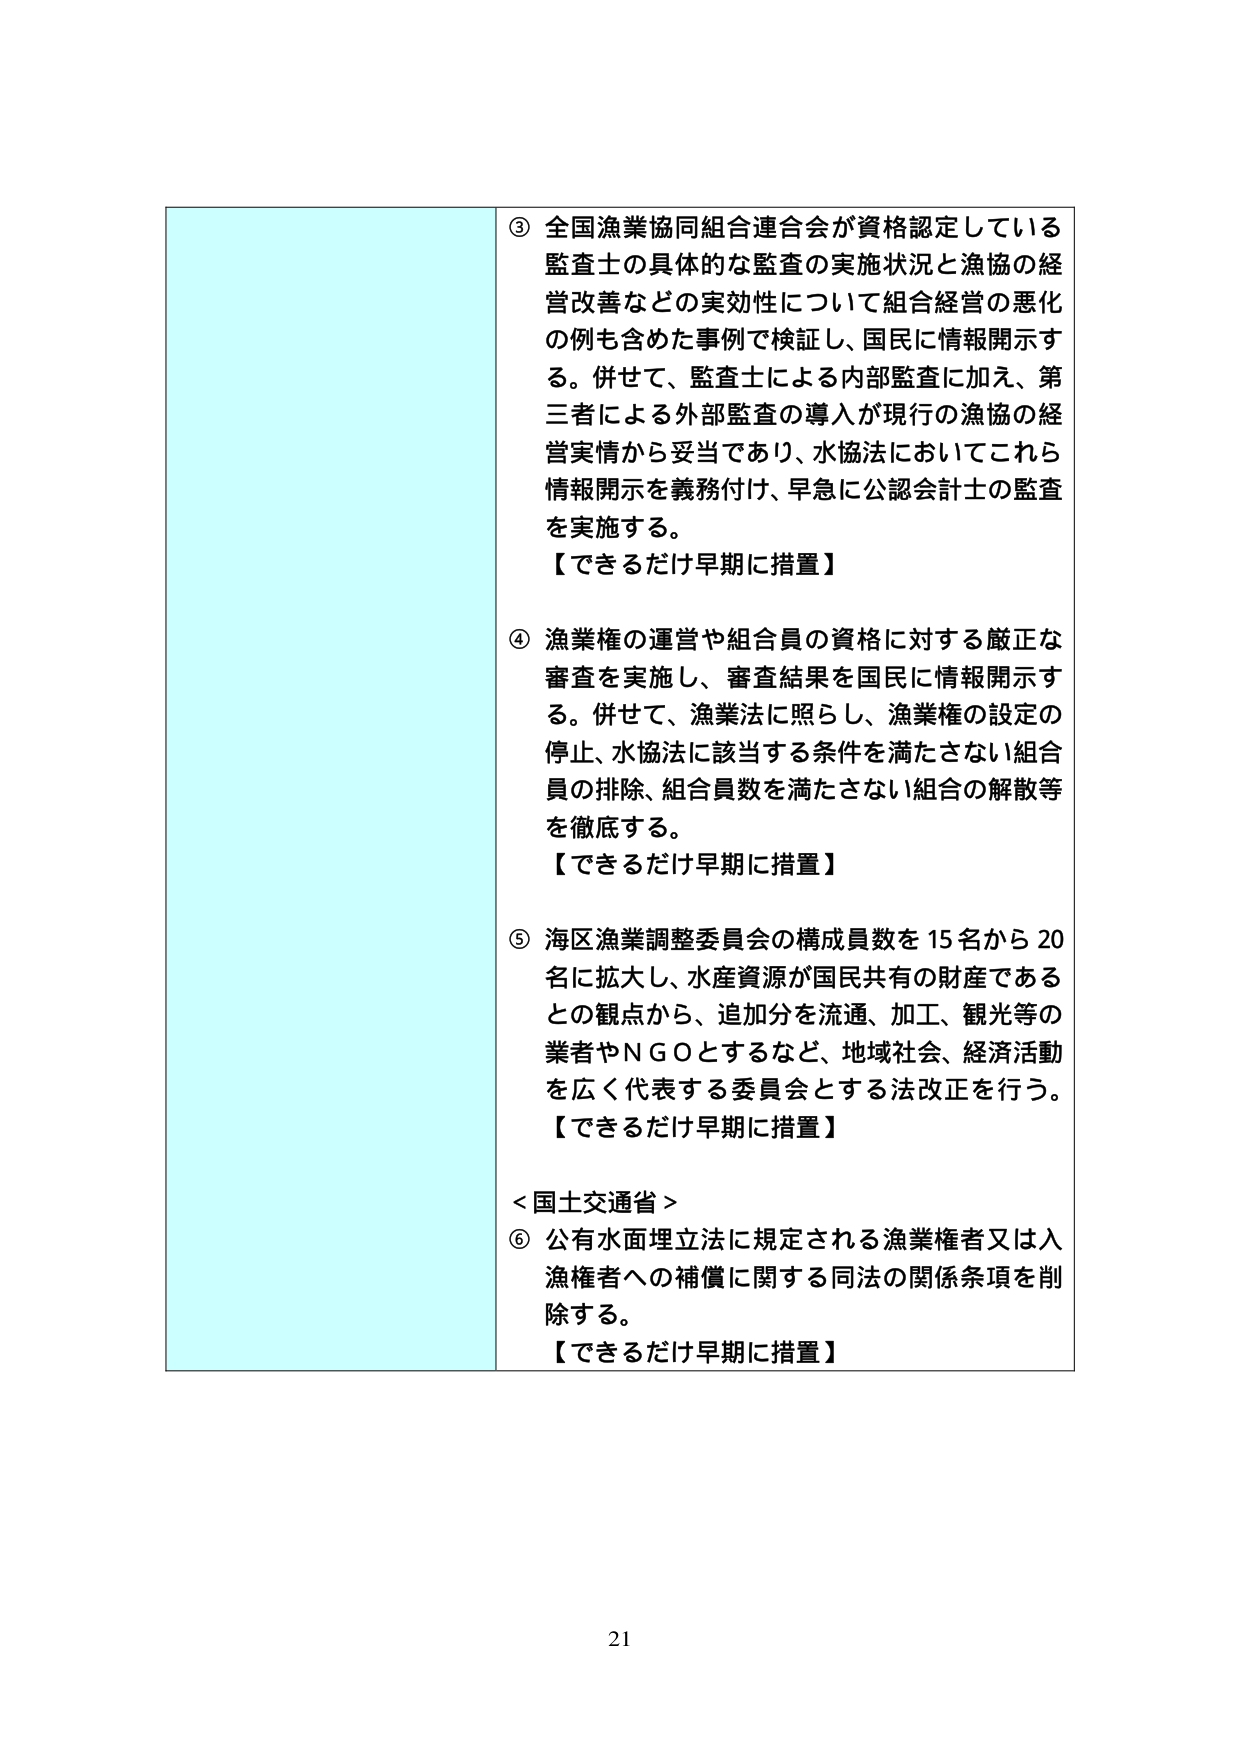
③ 全国漁業協同組合連合会が資格認定している監査士の具体的な監査の実施状況と漁協の経営改善などの実効性について組合経営の悪化の例も含めた事例で検証し、国民に情報開示する。併せて、監査士による内部監査に加え、第三者による外部監査の導入が現行の漁協の経営実情から妥当であり、水協法においてこれら情報開示を義務付け、早急に公認会計士の監査を実施する。
【できるだけ早期に措置】

④ 漁業権の運営や組合員の資格に対する厳正な審査を実施し、審査結果を国民に情報開示する。併せて、漁業法に照らし、漁業権の設定の停止、水協法に該当する条件を満たさない組合員の排除、組合員数を満たさない組合の解散等を徹底する。
【できるだけ早期に措置】

⑤ 海区漁業調整委員会の構成員数を15名から20名に拡大し、水産資源が国民共有の財産であるとの観点から、追加分を流通、加工、観光等の業者やＮＧＯとするなど、地域社会、経済活動を広く代表する委員会とする法改正を行う。
【できるだけ早期に措置】

＜国土交通省＞
⑥ 公有水面埋立法に規定される漁業権者又は入漁権者への補償に関する同法の関係条項を削除する。
【できるだけ早期に措置】

21